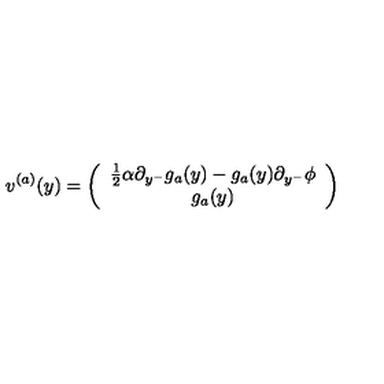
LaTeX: v ^ { ( a ) } ( y ) = \left( \begin{array} { c } { { \frac { 1 } { 2 } } \alpha \partial _ { y ^ { - } } g _ { a } ( y ) - g _ { a } ( y ) \partial _ { y ^ { - } } \phi } \\ { g _ { a } ( y ) } \\ \end{array} \right)